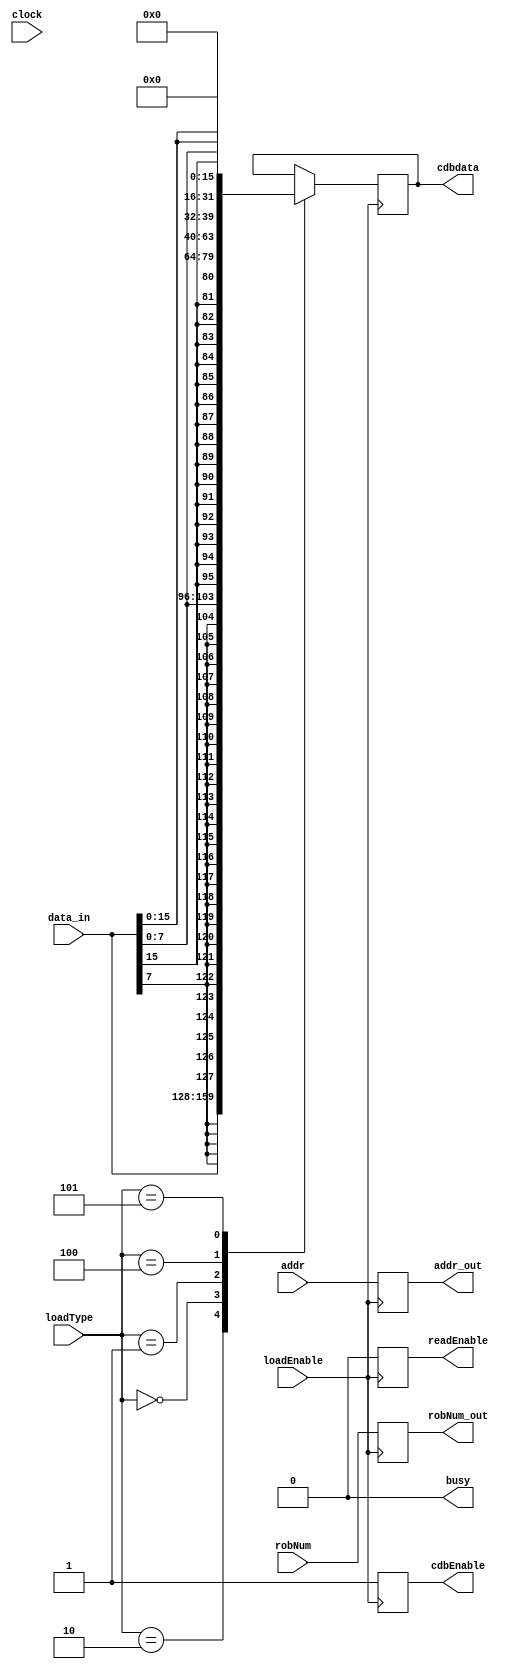
`timescale 10ps / 100fs

module loadUnit (
	input wire clock,

	input wire loadEnable,
	input wire[2:0] loadType,
	input wire[31:0] addr,
	input wire[5:0] robNum,

	output reg[31:0] addr_out,
	output reg readEnable,

	input wire[31:0] data_in,
		
	output reg cdbEnable,
	output reg[5:0] robNum_out,
	output reg[31:0] cdbdata,
	output reg busy
);

parameter LBOp = 3'b000;
parameter LHOp = 3'b001;
parameter LWOp = 3'b010;
parameter LBUOp = 3'b100;
parameter LHUOp = 3'b101;

initial begin
	cdbEnable = 1'b0;
	busy = 1'b0;
end

always @(posedge loadEnable) begin
	busy = 1'b1;
	cdbEnable = 1'b0;
	addr_out = addr;
	readEnable = 1'b1;
	#0.01
	robNum_out = robNum;
	//$display("readaddress in loadUnit = %d", addr_out);
	//$display("loadUnit data_in = %d", data_in);	
	case (loadType)
		LWOp: cdbdata = data_in; 
		LBOp: cdbdata = {{24{data_in[7:7]}}, data_in[7:0]}; 
		LHOp: cdbdata = {{16{data_in[15:15]}}, data_in[15:0]}; 
		LBUOp: cdbdata = {24'b0, data_in[7:0]};
		LHUOp: cdbdata = {16'b0, data_in[15:0]};
	endcase
	cdbEnable = 1'b1;
	busy = 1'b0;
	readEnable = 1'b0;
end

endmodule